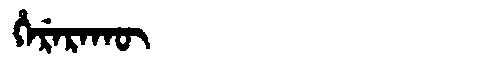
Manchu: ᡥᡝᡵᡝᡵᠠᡴᡡ
Romanization: HERERAKŪ